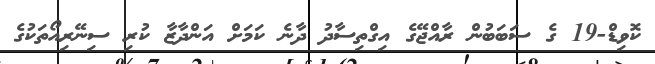
ކޮވިޑް-19 ގެ ސަަބަބުން ރާއްޖޭގެ އިގްތިސާދު ދާނެ ކަމަށް އަންދާޒާ ކުރި ސިނޭރިއޯތަކުގެ